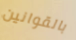
بالقوانين